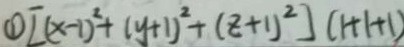
\textcircled { 1 } [ ( x - 1 ) ^ { 2 } + ( y + 1 ) ^ { 2 } + ( z + 1 ) ^ { 2 } ] ( 1 + 1 + 1 )